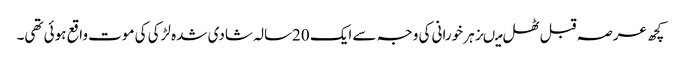
کچھ عرصہ قبل ٹھل میںزہر خورانی کی وجہ سے ایک 20سالہ شادی شدہ لڑکی کی موت واقع ہوئی تھی۔